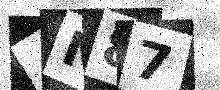
Text: 4N87